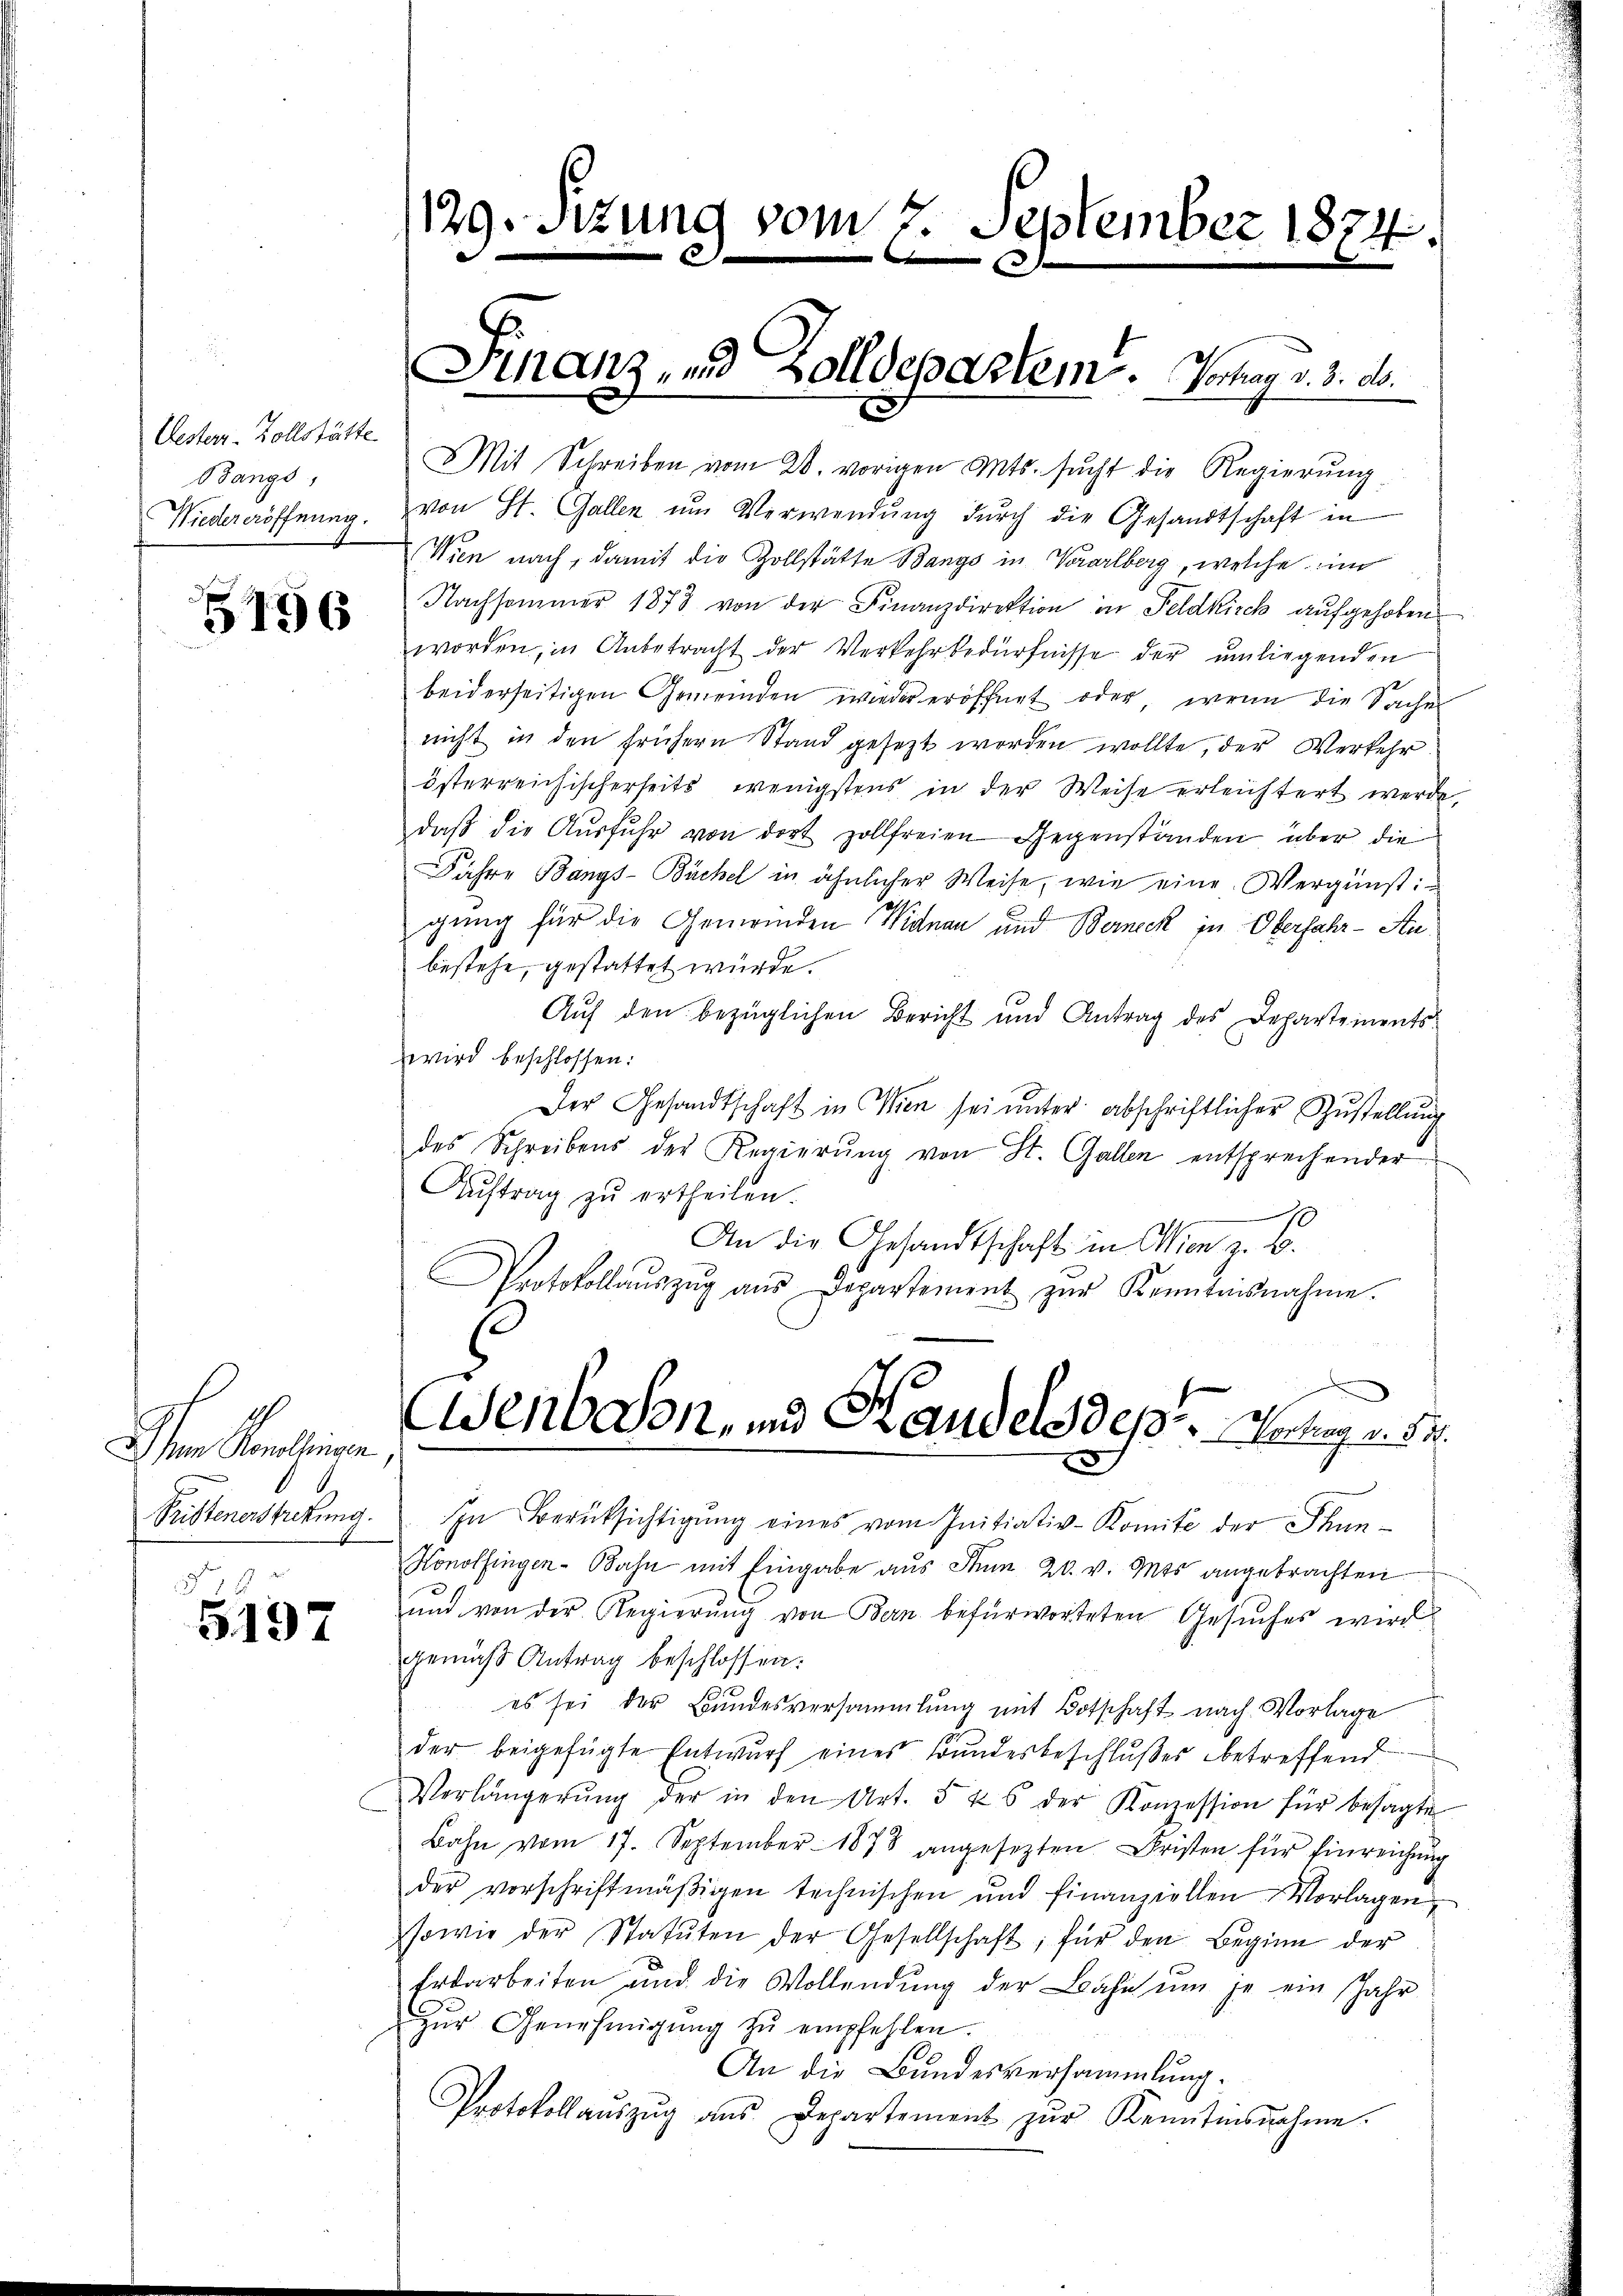
Oesters-Zollstätte.
Ofangs,
Wiedereröffnung.

5196

Dem Paulinen
Pristenerstretung.

5137

129. Sitzung vom 7. September 1874.

Schanz, und Zolldepartem. Vortrag v. 3. ds.

Mit Schreiben vom 28. vorigen Mts. sucht die Regierung
von St. Gallen ŭm Verwendŭng dŭrch die Gesandtschaft in
Wien nach, damit die Zollstätte Bangs in Vorarlberg, welche un
Nachsammer 1873 von der Finanzdirektion in Feldkirck aufgehoben
worden, in Anbetracht der Verkehrbedürfnisse der umliegenden
beiderseitigen Gemeinden wieder eröffnet oder wenn die Sache
nicht in den frühern Stand gesezt worden wollte, der Verkehr.
österreichischerseits wenigstens in der Weise erleichtert werde,
daβ die Aŭsfŭhr von dort zollfreien Gegenständen über die
Jahre Bangs-Buchel in ähnlicher Weise, wie eine Vergünsti
E
gung für die Gemeinden Widtnau und Berneck in Oberfahr - An
bestehe, gestattet würde.
Auf den bezüglichen Bericht und Antrag des Departementszwird beschlossen:
Der Gesandtschaft in Wien sei ŭnter abschriftlicher Zustellung
des Schreibens der Regierŭng von St. Gallen entsprechender
Aŭftrag zŭ ertheilen.
An die Gesandtschaft in Wien z. B.
Protokollaŭszŭg aŭs Departement zŭr Kenntnisnahme.

E

In Berücksichtigŭng eines vom Initiativ-Komite der Stun¬
Konolfingen-Bahn mit Eingabe aus Stum 20. v. Mts. angebrachten
und von der Regierung von Bern befürworteten Gesuches wird
gemäß Antrag beschlossen:
es sei der Bundesversammlung mit Botschaft nach Vorlage
der beigefügte Entwurf eines Bundesbeschlußes betreffend
Vorlängerŭng der in den Art. 5 & 6 der Konzession für besagte
Bahn vom 17. September 1878 angesezten Fristen für Einreichŭng
der vorschriftmäβigen technischen und finanziellen Vorlagen,
sowie der Statŭten der Gesellschaft für den Beginn der
Erdarbeiten und die Vollendŭng der Bahn ŭm je ein Jahr
zŭr Genehmigŭng zŭ empfehlen.
An die Bundesversammlung.
Protokollaŭszŭg aŭs Departement zŭr Kenntnisnahme.

Esenbahn, und Handels des Lechung v. 5.